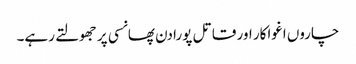
چاروں اغواکار اور قاتل پورا دن پھانسی پر جھولتے رہے۔